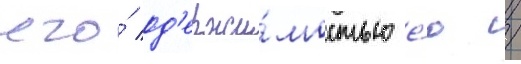
его́ од'ержи́мостью е́ю /